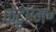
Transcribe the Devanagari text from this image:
केदृएम॰